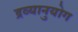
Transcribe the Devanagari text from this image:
द्रव्यानुयोग